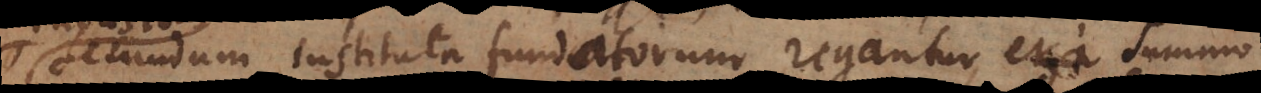
secundum instituta fundatorum regantur, et a